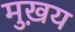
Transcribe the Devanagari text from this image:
मुख़य